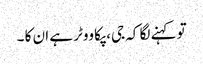
تو کہنے لگا کہ جی، پکا ووٹر ہے ان کا ۔